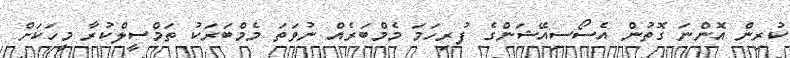
ކުރިން އޮންނަ ގޮތުން އެސޯސިއޭޝަންގެ ފުރިހަމަ މެމްބަރެއް ނުވަަތަ މެމްބަރަކު ތަމްސީލްކުރާ މީހަކަށް